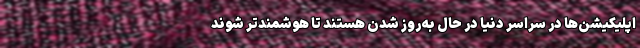
اپلیکیشن‌ها در سراسر دنیا در حال به‌روز شدن هستند تا هوشمندتر شوند